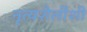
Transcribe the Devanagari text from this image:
नृत्यशैलींशी